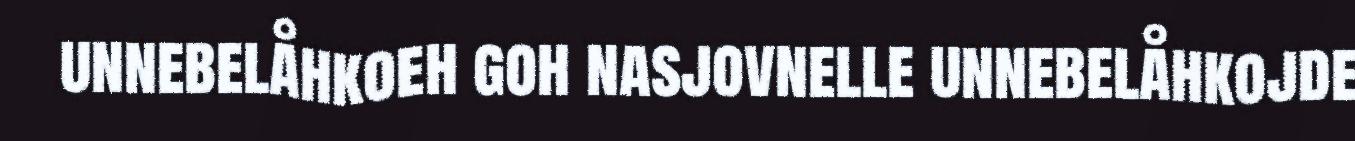
unnebelåhkoeh goh nasjovnelle unnebelåhkojde